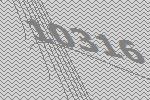
10316